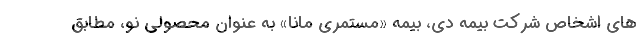
های اشخاص شرکت بیمه دی، بیمه «مستمری مانا» به عنوان محصولی نو، مطابق